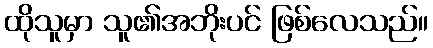
ထိုသူမှာ သူ၏အဘိုးပင် ဖြစ်လေသည်။